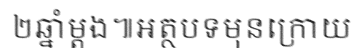
២ឆ្នាំម្តង៕អត្ថបទមុនក្រោយ